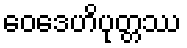
ဝေဒေဟိပုတ္တဿ